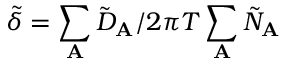
\tilde { \delta } = \sum _ { \mathbf { A } } \tilde { D } _ { \mathbf { A } } / 2 \pi T \sum _ { \mathbf { A } } \tilde { N } _ { \mathbf { A } }